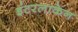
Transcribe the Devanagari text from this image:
इंटरलाकेन